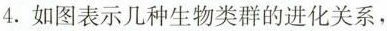
4.如图表示几种生物类群的进化关系，